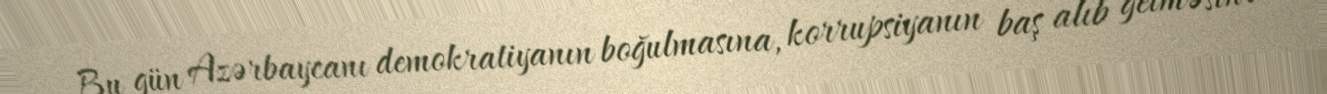
Bu gün Azərbaycanı demokratiyanın boğulmasına, korrupsiyanın baş alıb getməsinə